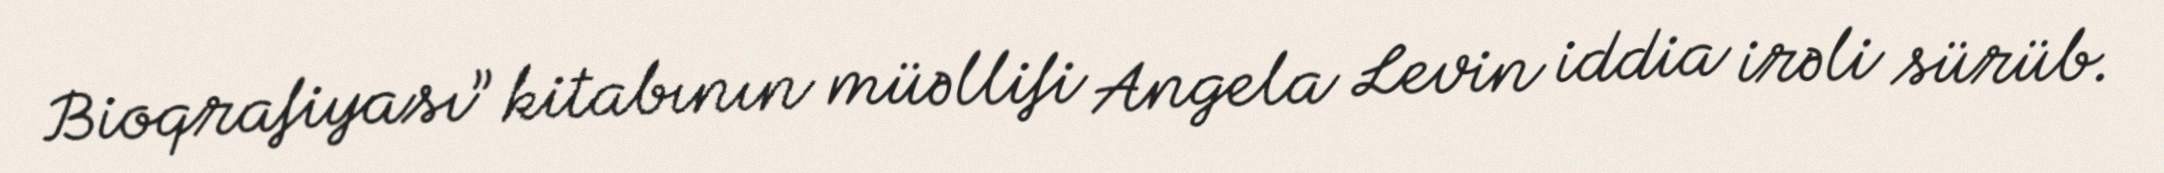
Bioqrafiyası” kitabının müəllifi Angela Levin iddia irəli sürüb.